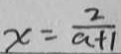
x = \frac { 2 } { a + 1 }